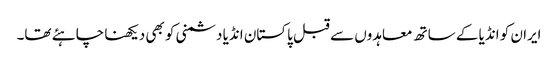
ایران کو انڈیا کے ساتھ معاہدوں سے قبل پاکستان انڈیا دشمنی کو بھی دیکھنا چاہئے تھا۔